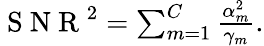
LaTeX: \begin{array}{r}{\mathrm{~S~N~R~}^{2}=\sum_{m=1}^{C}\frac{\alpha_{m}^{2}}{\gamma_{m}}.}\end{array}